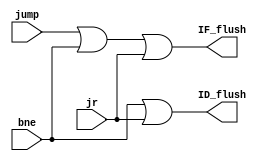
`timescale 1 ps / 100 fs
// Verilog project: 32-bit 5-stage Pipelined MIPS Processor in Verilog 
// Discard instructions when needed
module Discard_Instr(ID_flush,IF_flush,jump,bne,jr);
output ID_flush,IF_flush;
input jump,bne,jr;
or #50 OR1(IF_flush,jump,bne,jr);
or #50 OR2(ID_flush,bne,jr);
endmodule